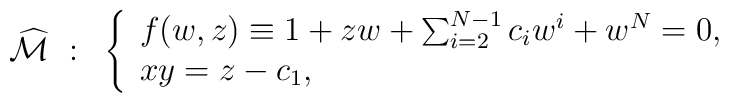
\widehat{{\cal M}} ~:~    \left\{\begin{array}{l}             f(w,z) \equiv 1 + zw + \sum_{i=2}^{N-1}c_i w^i + w^N = 0, \\             xy = z-c_1,           \end{array}\right.